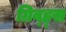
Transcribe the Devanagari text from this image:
ग्रिव्ह्स